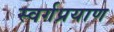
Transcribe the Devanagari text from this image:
स्वर्गप्रयाण